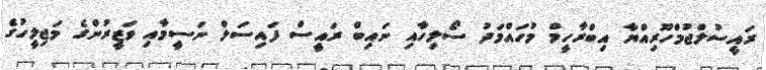
ރައީސުލްޖުމްހޫރިއްޔާ އިބްރާހީމް މުހައްމަދު ސޯލިހާއި ނައިބް ރައީސް ފައިސަލް ނަސީމާއި ވަޒީރުންގެ މަޖިލީހުގެ